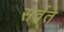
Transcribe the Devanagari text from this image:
सर्वते